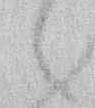
候